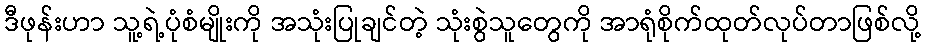
ဒီဖုန်းဟာ သူ့ရဲ့ပုံစံမျိုးကို အသုံးပြုချင်တဲ့ သုံးစွဲသူတွေကို အာရုံစိုက်ထုတ်လုပ်တာဖြစ်လို့